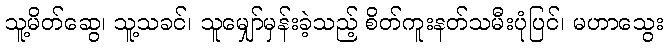
သူ့မိတ်ဆွေ၊ သူ့သခင်၊ သူမျှော်မှန်းခဲ့သည့် စိတ်ကူးနတ်သမီးပုံပြင်၊ မဟာသွေး